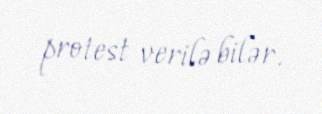
protest verilə bilər.